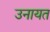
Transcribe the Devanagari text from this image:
उनायत